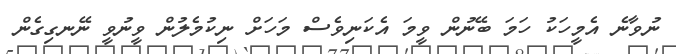
ނުވާނެ އެމީހަކު ހަމަ ބޭނުން ވީމަ އެކަނިވެސް މަހަށް ނިކުމެލުން ވީނުވީ ނޭނގިގެން